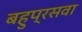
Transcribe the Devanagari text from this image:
बहुप्रसवा